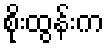
စိုးထွန်းက